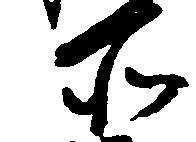
所